Reports on dispensaries and lunatic asylums in the Province of Oudh - 1869-1876
Year: 1869
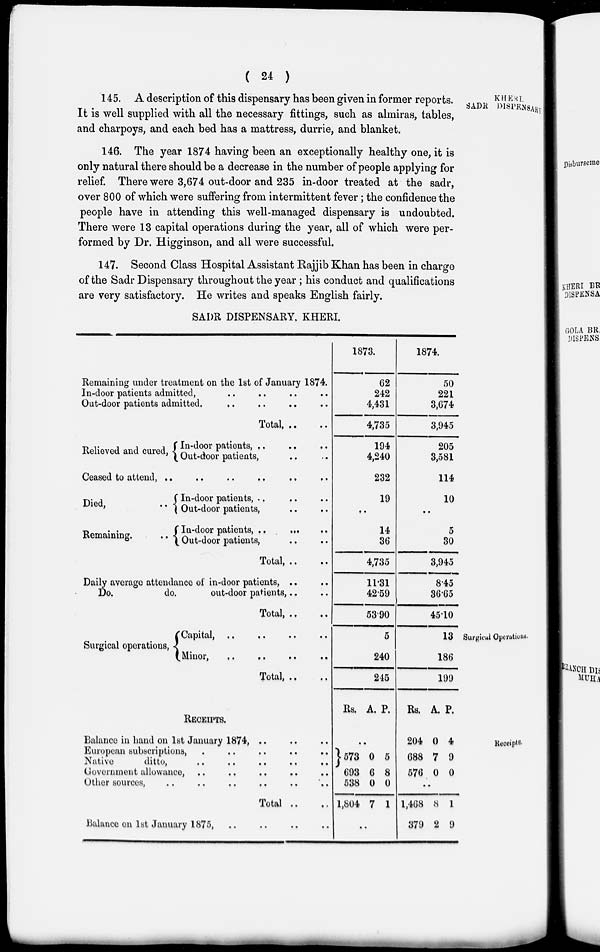
( 24 )
KHERI
SADR DISPENSARY
145. A description of this dispensary has been given in former reports.
It is well supplied with all the necessary fittings, such as almiras, tables,
and charpoys, and each bed has a mattress, durrie, and blanket.
146. The year 1874 having been an exceptionally healthy one, it is
only natural there should be a decrease in the number of people applying for
relief. There were 3,674 out-door and 235 in-door treated at the sadr,
over 800 of which were suffering from intermittent fever; the confidence the
people have in attending this well-managed dispensary is undoubted.
There were 13 capital operations during the year, all of which were per-
formed by Dr. Higginson, and all were successful.
147. Second Class Hospital Assistant Rajjib Khan has been in charge
of the Sadr Dispensary throughout the year ; his conduct and qualifications
are very satisfactory. He writes and speaks English fairly.
SADR DISPENSARY, KHERI.
Remaining under treatment on the 1st of January 1874.
In-door patients admitted, .. .. .. ..
Out-door patients admitted. .. .. .. ..
Total, .. ..
Relieved and cured,
In-door patients, .. .. .. ..
Out-door patients, .. .. ..
Ceased to attend,
..
..
.. .. .. ...
Died,
..
Remaining.
In-door patients, .. .. .. ..
Out-door patients, .. ..
In-door patients, .. .. .. ..
Out-door patients, .. ..
Total, .. ..
Daily average attendance of in-door patients , .. ..
Do.
do.
out-door patients, .. ..
Total, .. ..
1873.
62
242
4,431
4,735
194
4,240
232
19
..
14
36
4,735
11.31
42.59
53.90
1874.
50
221
3,674
3,945
205
3,581
114
10
..
5
30
3,945
8.45
36.65
45.10
Surgical Operations.
Surgical operations,
Capital, .. .. .. ..
Minor, .. .. .. ..
Total, .. ..
5
240
245
13
186
199
Receipts.
RECEIPTS,
Balance in hand on 1st January 1874, .. .. ..
European subscriptions, .. .. .. .. ..
Native
ditto, .. .. .. .. ..
Government allowance, .. .. .. .. ..
Other sources, .. .. .. .. .. ..
Total .. ..
Balance on 1st January 1875, .. .. .. ..
Rs. A. P.
..
573
693
538
1,804
0
6
0
7
5
8
0
1
..
Rs. A. P.
204
688
576
0
7
0
4
9
0
..
1,468
379
8
2
1
9